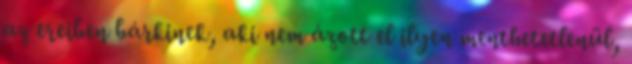
az ereiben bárkinek, aki nem ázott el ilyen menthetetlenül,